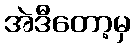
အဲဒီတော့မှ